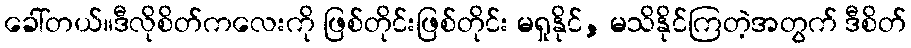
ခေါ်တယ်။ဒီလိုစိတ်ကလေးကို ဖြစ်တိုင်းဖြစ်တိုင်း မရှုနိုင်, မသိနိုင်ကြတဲ့အတွက် ဒီစိတ်